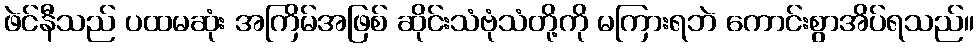
ဖဲင်နီသည် ပထမဆုံး အကြိမ်အဖြစ် ဆိုင်းသံဗုံသံတို့ကို မကြားရဘဲ ကောင်းစွာအိပ်ရသည်။